Indian journal of veterinary science and animal husbandry - Volume 3,
Year: 1933
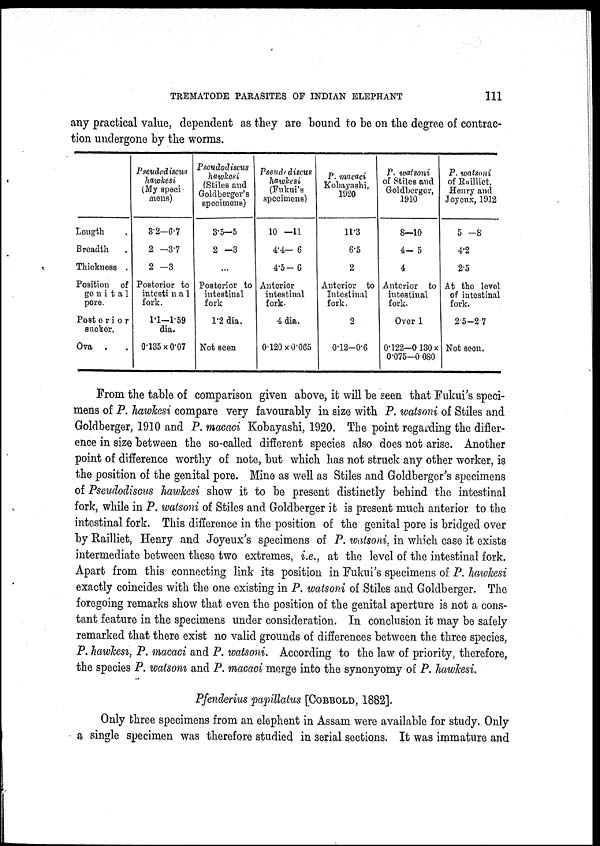
TREMATODE PARASITES OF INDIAN ELEPHANT
111
any practical value, dependent as they are bound to be on the degree of contrac-
tion undergone by the worms.
Length .
Breadth .
Thickness .
Position of
genital
pore.
Posterior
sucker.
Ova . .
Pseudodiscus
hawkesi
(My speci-
mens)
3.2—6.7
2—3.7
2—3
Posterior to
intestinal
fork.
1.1—1.59
dia.
0.135×0.07
Pseudodiscus
hawkesi
(Stiles and
Goldberger's
specimens)
3.5—5
2—3
...
Posterior to
intestinal
fork
1.2 dia.
Not seen
Pseudodiscus
hawkesi
(Fukui's
specimens)
10—11
4.4—6
4.5—6
Anterior
intestinal
fork.
4 dia.
0.120 × 0.065
P. macaci
Kobayashi,
1920
11.3
6.5
2
Anterior to
Intestinal
fork.
2
0.12—0.6
P. watsoni
of Stiles and
Goldberger,
1910
8—10
4—5
4
Anterior to
intestinal
fork.
Over 1
0.122—0.130 ×
0.075—0.080
P. watsoni
of Railliet,
Henry and
Joyenx, 1912
5—8
4.2
2.5
At the level
of intestinal
fork.
2.5—2.7
Not seen.
From the table of comparison given above, it will be seen that Fukui's speci-
mens of P. hawkesi compare very favourably in size with P. watsoni of Stiles and
Goldberger, 1910 and P. macaci Kobayashi, 1920. The point regarding the differ-
ence in size between the so-called different species also does not arise. Another
point of difference worthy of note, but which has not struck any other worker, is
the position of the genital pore. Mine as well as Stiles and Goldberger's specimens
of Pseudodiscus hawkesi show it to be present distinctly behind the intestinal
fork, while in P. watsoni of Stiles and Goldberger it is present much anterior to the
intestinal fork. This difference in the position of the genital pore is bridged over
by Railliet, Henry and Joyeux's specimens of P. watsoni. in which case it exists
intermediate between these two extremes, i.e., at the level of the intestinal fork.
Apart from this connecting link its position in Fukui's specimens of P. hawkesi
exactly coincides with the one existing in P. watsoni of Stiles and Goldberger. The
foregoing remarks show that even the position of the genital aperture is not a cons-
tant feature in the specimens under consideration. In conclusion it may be safely
remarked that there exist no valid grounds of differences between the three species,
P. hawkesi, P. macaci and P. watsoni. According to the law of priority, therefore,
the species P. watsoni and P. macaci merge into the synonyomy of P. hawkesi.
Pfenderius papillatus [COBBOLD, 1882].
Only three specimens from an elephent in Assam were available for study. Only
a single specimen was therefore studied in serial sections. It was immature and